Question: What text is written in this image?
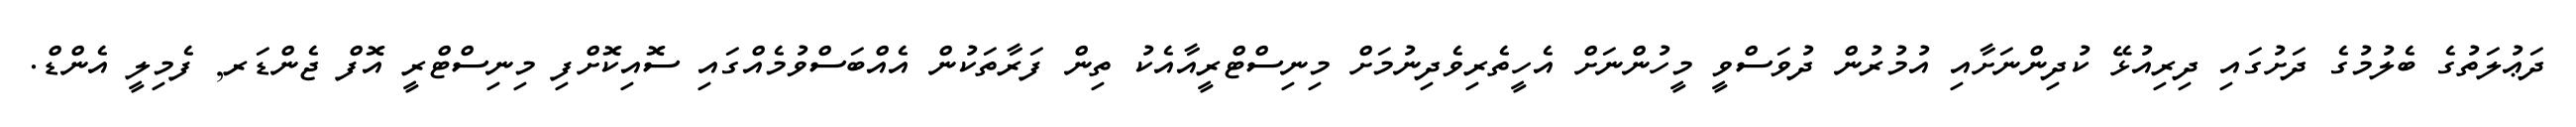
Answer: ދަޢުލަތުގެ ބެލުމުގެ ދަށުގައި ދިރިއުޅޭ ކުދިންނަށާއި އުމުރުން ދުވަސްވީ މީހުންނަށް އެހީތެރިވެދިނުމަށް މިނިސްޓްރީއާއެކު ތިން ފަރާތަކުން އެއްބަސްވުމެއްގައި ސޮއިކޮށްފި މިނިސްޓްރީ އޮފް ޖެންޑަރ, ފެމިލީ އެންޑް.